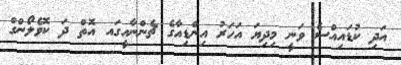
އަދި ކުޑައިއްސެ ވަނީ މިދިޔަ އަހަރު އިންޑިއާގެ ޗެންނާއީގަައ އޮތް ދަ ކޮވެލޯންގް